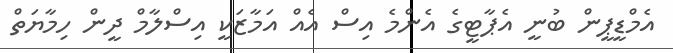
އެމްޑީޕީން ބުނީ އެޕާޓީގެ އެންމެ އިސް އެއް އަމާޒަކީ އިސްލާމް ދީން ހިމާޔަތް